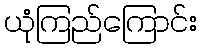
ယုံကြည်ကြောင်း